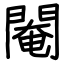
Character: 閹